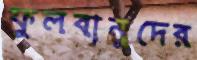
ফুলবানুদের